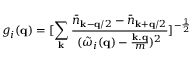
g _ { i } ( { \bf { q } } ) = [ \sum _ { { \bf { k } } } \frac { { \bar { n } } _ { { \bf { k } } - { \bf { q } } / 2 } - { \bar { n } } _ { { \bf { k } } + { \bf { q } } / 2 } } { ( { \tilde { \omega } } _ { i } ( { \bf { q } } ) - \frac { { \bf { k . q } } } { m } ) ^ { 2 } } ] ^ { - \frac { 1 } { 2 } }